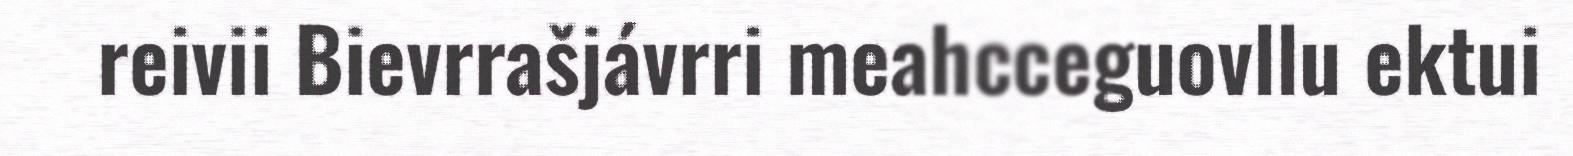
reivii Bievrrašjávrri meahcceguovllu ektui